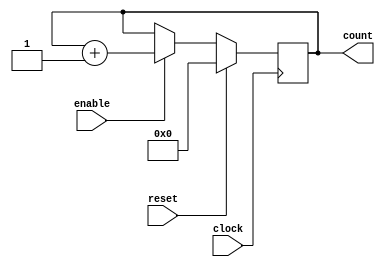
`timescale 1ns / 100ps	//unit time is 1ns, resolutions 100ps

module counter_13(
	clock,
	enable,
	reset,
	count
);

	parameter BIT_SZ = 13;
	input clock;
	input enable;
	input reset;
	output [BIT_SZ-1:0] count;
	
	reg [BIT_SZ-1:0] count;
	
	initial count = 0;
	
	always @ (posedge clock)
		if (reset == 1'b1)
			count <= 1'b0;
		else if(enable == 1'b1)
			count <= count + 1'b1;
endmodule